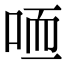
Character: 𠳍